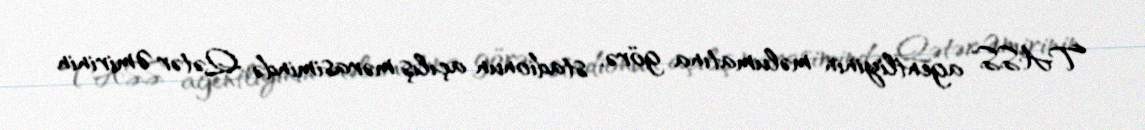
TASS" agentliyinin məlumatına görə, stadionun açılış mərasimində Qətər Əmirinin